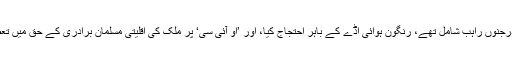
سینکڑوں بودھ، جِن میں درجنوں راہب شامل تھے، رنگون ہوائی اڈے کے باہر احتجاج کیا، اور ’او آئی سی‘ پر ملک کی اقلیتی مسلمان برادری کے حق میں تعصب برتنے کا الزام لگایا۔